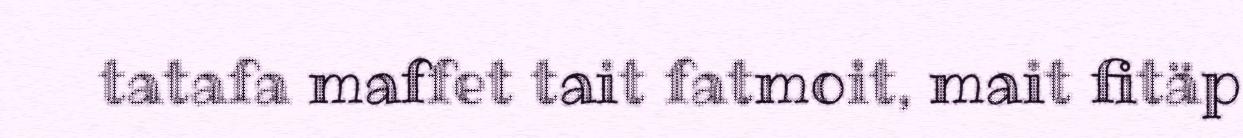
tatafa maffet tait fatmoit, mait fitäp